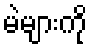
မဲများကို